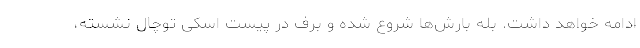
ادامه خواهد داشت. بله بارش‌ها شروع شده و برف در پیست اسکی توچال نشسته،